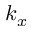
k _ { x }